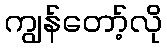
ကျွန်တော့်လို